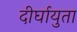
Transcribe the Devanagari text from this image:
दीर्घायुता